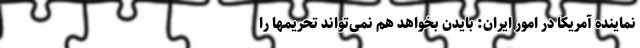
نماینده آمریکا در امور ایران: بایدن بخواهد هم نمی‌تواند تحریمها را